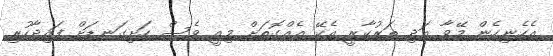
އެހެނިހެން މޭވާ އަދި ތަރުކާރީ އެކޭ އެއްގޮތަށް މިއީ ވެސް ހަށިގަނޑަށް ފައިދާހުރި